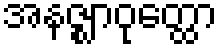
အနဇ္ဈာဝုတ္ထော